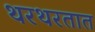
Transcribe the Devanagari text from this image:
थरथरतात